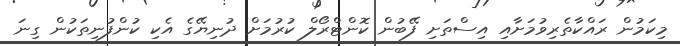
މިކަމުން ރައްކާތެރިވުމަށާއި އިސްތަށި ފޭބުން ކޮންޓްރޯލް ކުރުމަށް ދުނިޔޭގެ އެކި ކުންފުނިތަކުން ގިނަ